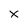
Character: x